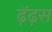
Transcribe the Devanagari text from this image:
ढ़ेंढ़स